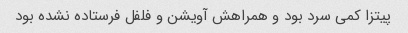
پیتزا کمی سرد بود و همراهش آویشن و فلفل فرستاده نشده بود